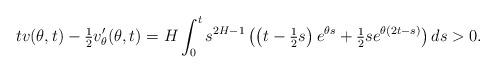
LaTeX: \begin{align*}tv(\theta,t)-\tfrac12v'_\theta(\theta,t)=H\int_0^ts^{2H-1}\left(\left(t-\tfrac12s\right)e^{\theta s}+\tfrac12se^{\theta(2t-s)}\right)ds>0.\end{align*}